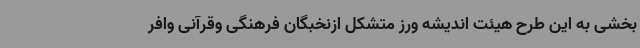
بخشی به این طرح هیئت اندیشه ورز متشکل ازنخبگان فرهنگی وقرآنی وافر